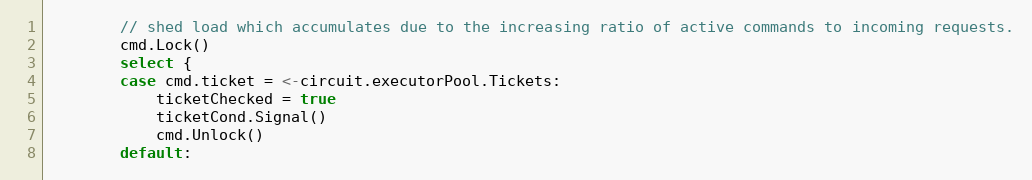
Language: Go
		// shed load which accumulates due to the increasing ratio of active commands to incoming requests.
		cmd.Lock()
		select {
		case cmd.ticket = <-circuit.executorPool.Tickets:
			ticketChecked = true
			ticketCond.Signal()
			cmd.Unlock()
		default: